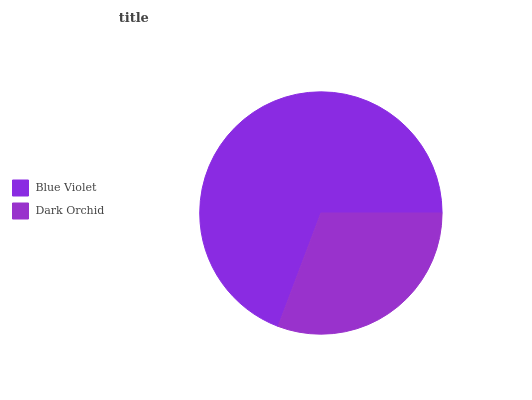
| Blue Violet | Dark Orchid |
 | --- | --- |
 | 69.3% | 30.7% |